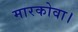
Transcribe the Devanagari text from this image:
मारकोवा।